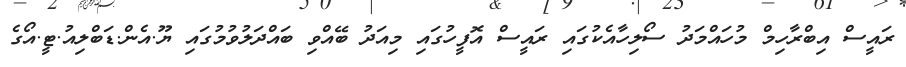
ރައީސް އިބްރާހިމް މުހައްމަދު ސޯލިހާއެކުގައި ރައީސް އޮފީހުގައި މިއަދު ބޭއްވި ބައްދަލުވުމުގައި ޔޫ.އެން.ޑަބްލިއު.ޓީ.އޯގެ